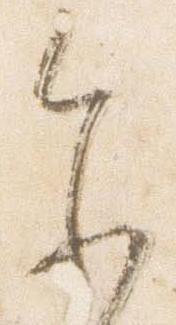
参